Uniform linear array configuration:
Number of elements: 24
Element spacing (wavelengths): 1
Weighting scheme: blackman
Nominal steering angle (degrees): -45
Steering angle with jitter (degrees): -43.75
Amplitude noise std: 0.05
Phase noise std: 0.05

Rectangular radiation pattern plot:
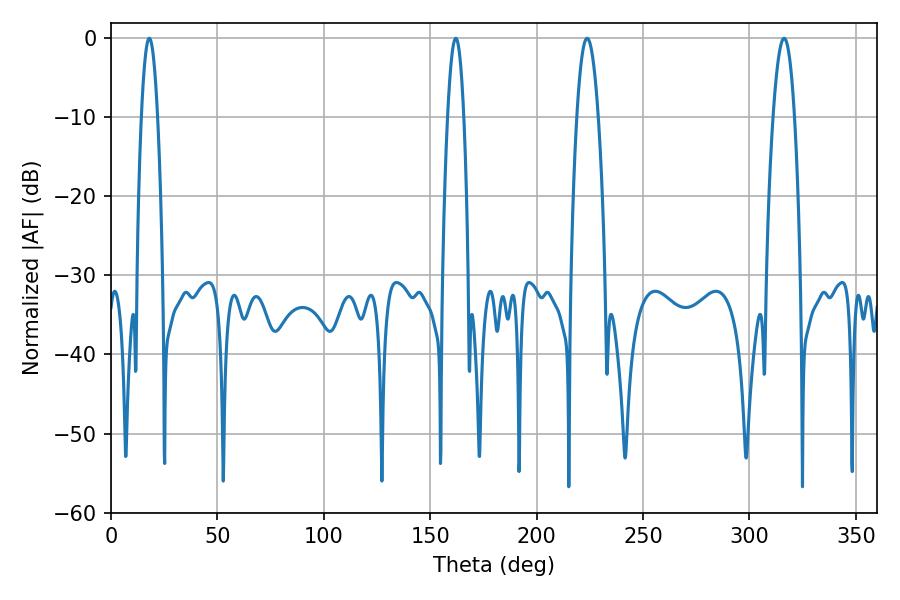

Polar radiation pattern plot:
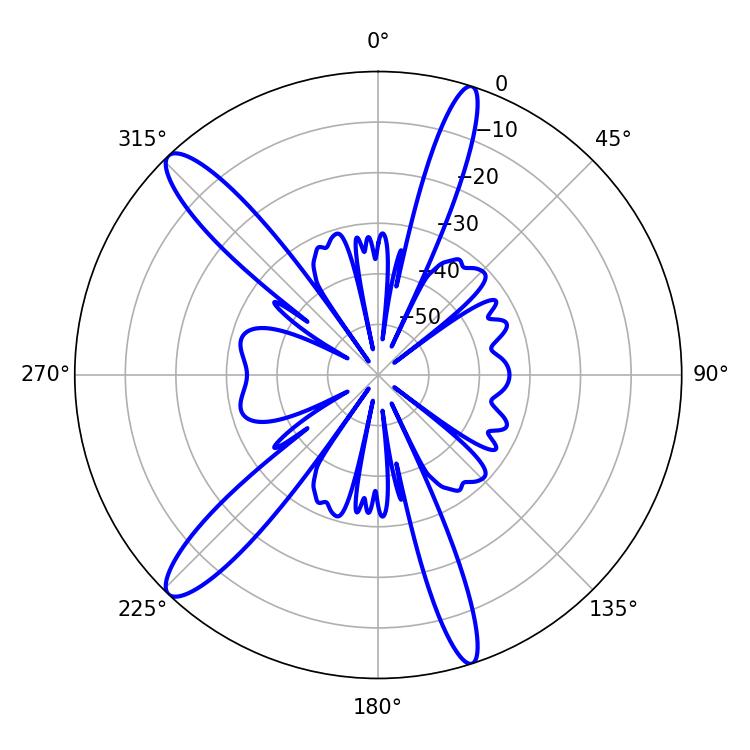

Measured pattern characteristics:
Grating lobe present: TRUE
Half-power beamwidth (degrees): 4.14
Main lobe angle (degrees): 18